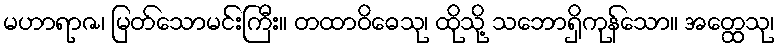
မဟာရာဇ၊ မြတ်သောမင်းကြီး။ တထာဝိဓေသု၊ ထိုသို့ သဘောရှိကုန်သော။ အတ္ထေသု၊